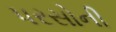
પરસોની